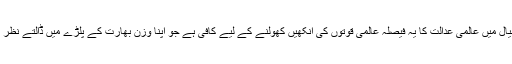
میرے خیال میں عالمی عدالت کا یہ فیصلہ عالمی قوتوں کی آنکھیں کھولنے کے لیے کافی ہے جو اپنا وزن بھارت کے پلڑے میں ڈالتے نظر آتے ہیں۔